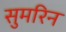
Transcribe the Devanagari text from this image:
सुमरिन